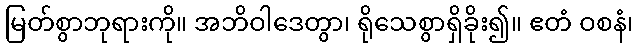
မြတ်စွာဘုရားကို။ အဘိဝါဒေတွာ၊ ရိုသေစွာရှိခိုး၍။ ဧတံ ဝစနံ၊